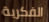
الفكرية